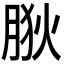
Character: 𦛡